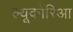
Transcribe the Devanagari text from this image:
ल्यूकोरिआ